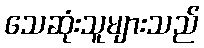
သေဆုံးသူများသည်